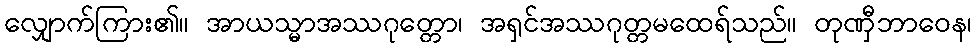
လျှောက်ကြား၏။ အာယသ္မာအဿဂုတ္တော၊ အရှင်အဿဂုတ္တမထေရ်သည်။ တုဏှီဘာဝေန၊